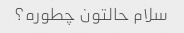
سلام حالتون چطوره؟